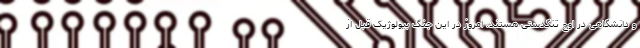
و دانشگاهی در اوج تنگدستی هستند. امروز در این جنگ بیولوژیک قبل از